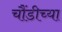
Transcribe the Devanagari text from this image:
चौंडीच्या